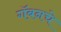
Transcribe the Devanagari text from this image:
गॅबनचे